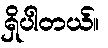
ရှိပါတယ်။